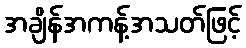
အချိန်အကန့်အသတ်ဖြင့်